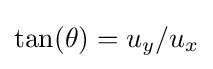
\tan(\theta )=u_{y}/u_{x}